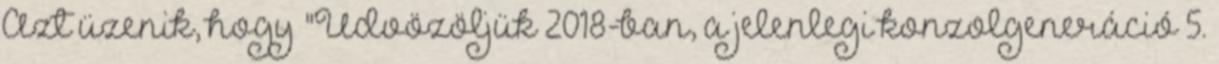
Azt üzenik, hogy "Üdvözöljük 2018-ban, a jelenlegi konzolgeneráció 5.